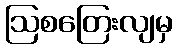
ဩစတြေးလျမှ